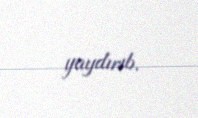
yaydırıb.